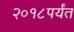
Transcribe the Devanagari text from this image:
२०१८पर्यंत